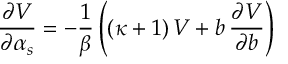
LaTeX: \frac { \partial { \cal V } } { \partial \alpha _ { s } } = - \frac 1 { \beta } \left( ( \kappa + 1 ) \, { \cal V } + b \, \frac { \partial { \cal V } } { \partial b } \right)